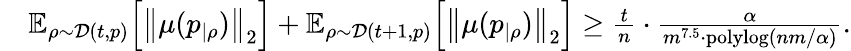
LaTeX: \begin{array}{rl}&{\mathbb{E}_{\rho\sim\mathcal{D}(t,p)}\Big[\left\| \mu(p_{|\rho})\right\| _{2}\Big]+\mathbb{E}_{\rho\sim\mathcal{D}(t+1,p)}\Big[\left\| \mu(p_{|\rho})\right\| _{2}\Big]\ge\frac{t}{n}\cdot\frac{\alpha}{m^{7.5}\cdot\mathrm{polylog}(nm/\alpha)}.}\end{array}